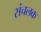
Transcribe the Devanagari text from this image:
संचलक